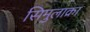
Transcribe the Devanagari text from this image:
सिमुलाक्रा